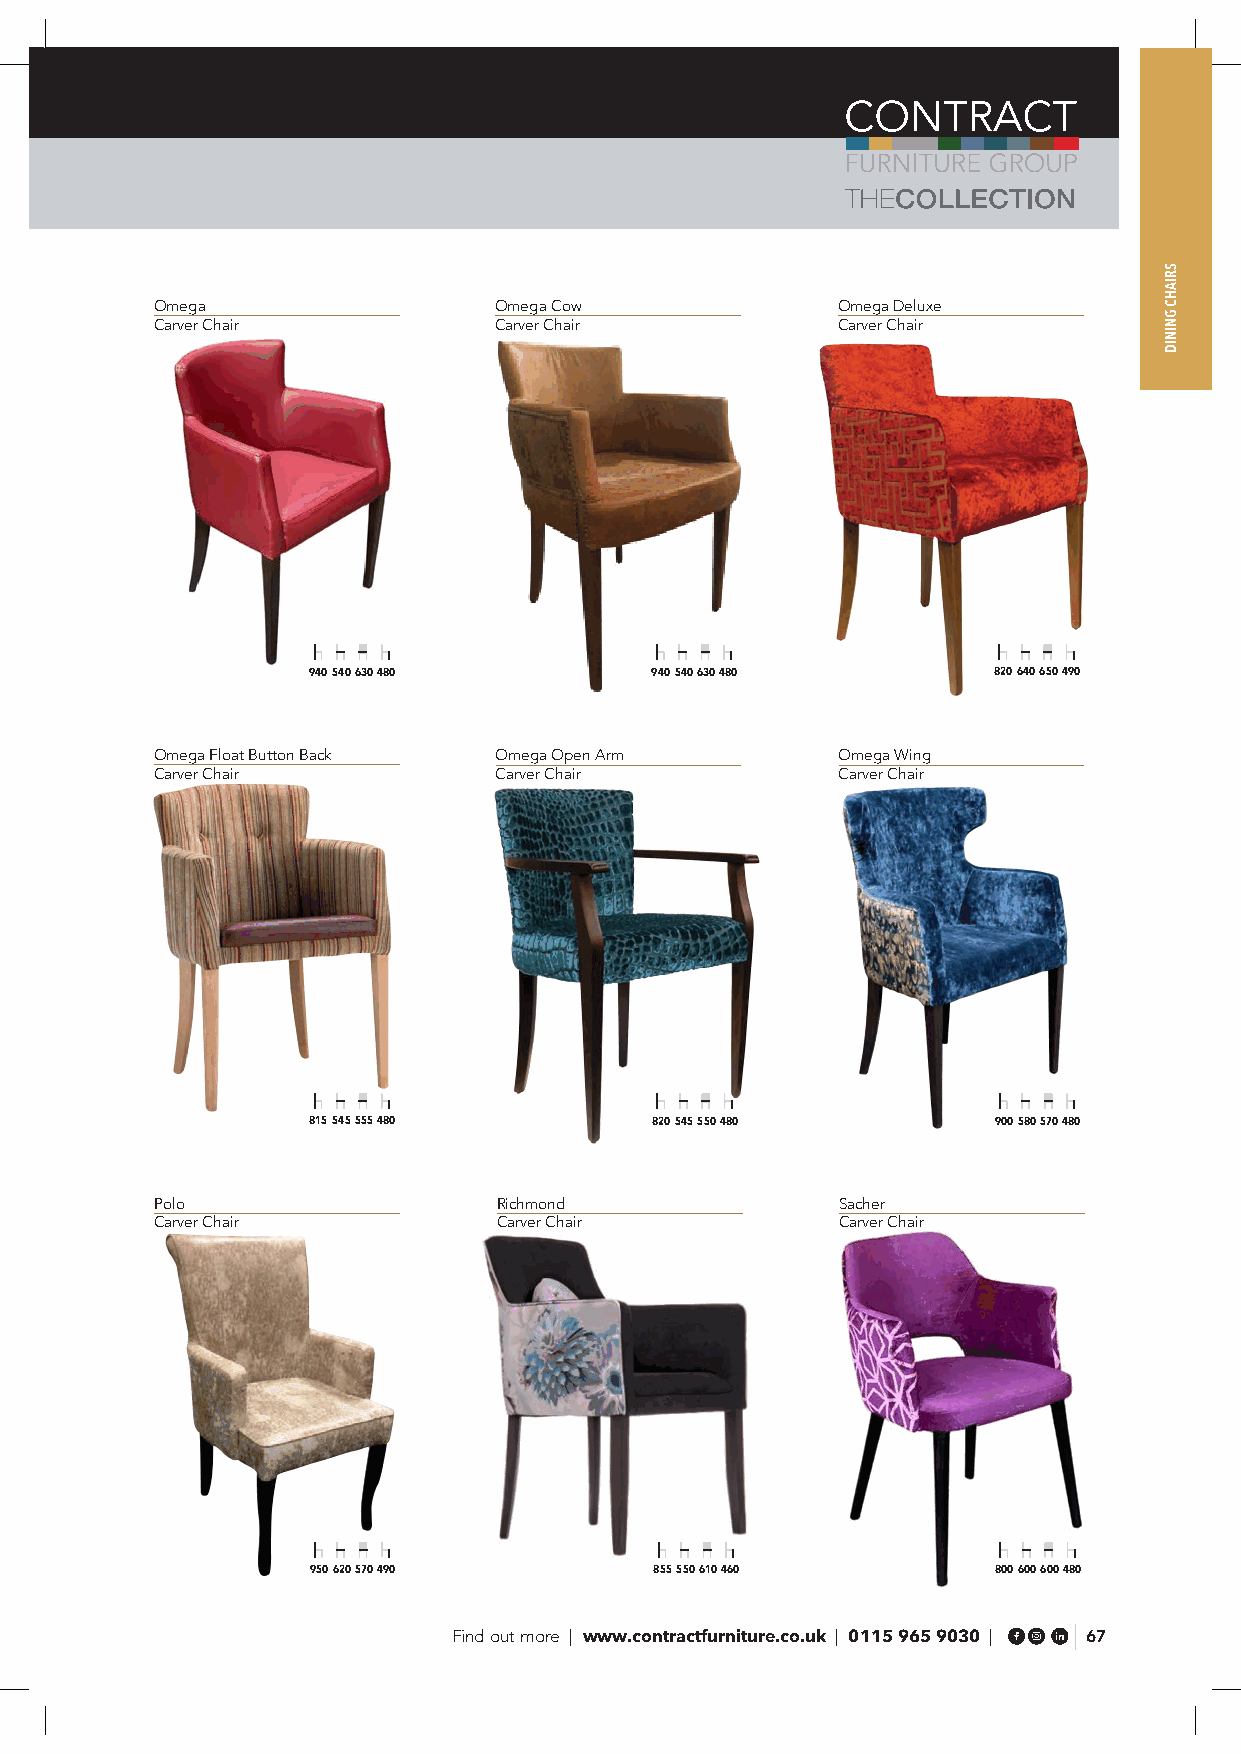
Omega                  Omega Cow             Omega Deluxe
 Carver Chair           Carver Chair          Carver Chair
 940 540 630 480        940 540 630 480        820 640 650 490
 Omega Float Button Back Omega Open Arm       Omega Wing
 Carver Chair           Carver Chair          Carver Chair
 815 545 555 480        820 545 550 480        900 580 570 480
 Polo                   Richmond               Sacher
 Carver Chair           Carver Chair           Carver Chair
 950 620 570 490        855 550 610 460        800 600 600 480
 Find out more | www.contractfurniture.co.uk | 0115 965 9030 | 67
 SRIAHC
 GNINID